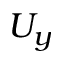
U _ { y }